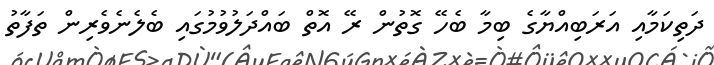
ދަތިކަމާއި އަރަބިއްޔާގެ ބިމާ ބެހޭ ގޮތުން ރޭ އޮތް ބައްދަލުވުމުގައި ބެލެނެވެރިން ތަފާތު